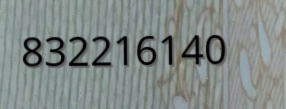
832216140